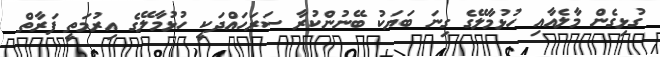
ގުޅިގެން މާލެއާއި ހުޅުމާލޭގެ ގިނަ ބަޔަކު ބޭނުންކުރާ ސަރަހައްދަކީ ހުޅުމާލޭގެ އިރުމަތީ ފަރާތް